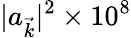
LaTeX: |a_{\vec{k}}|^{2}\times 10^{8}